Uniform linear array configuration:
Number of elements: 64
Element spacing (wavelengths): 0.75
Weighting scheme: hann
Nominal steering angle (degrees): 60
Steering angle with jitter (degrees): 60.209
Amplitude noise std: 0.05
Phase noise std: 0.05

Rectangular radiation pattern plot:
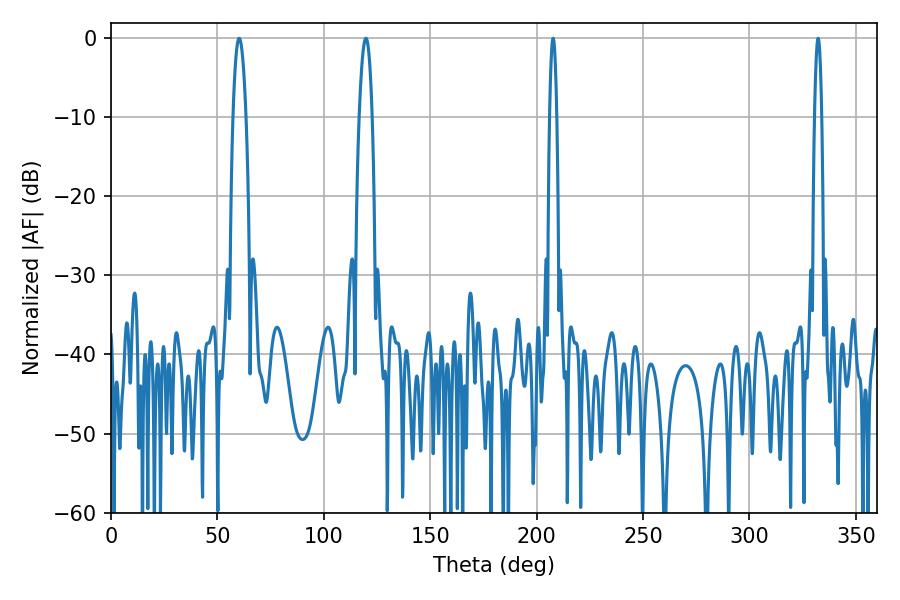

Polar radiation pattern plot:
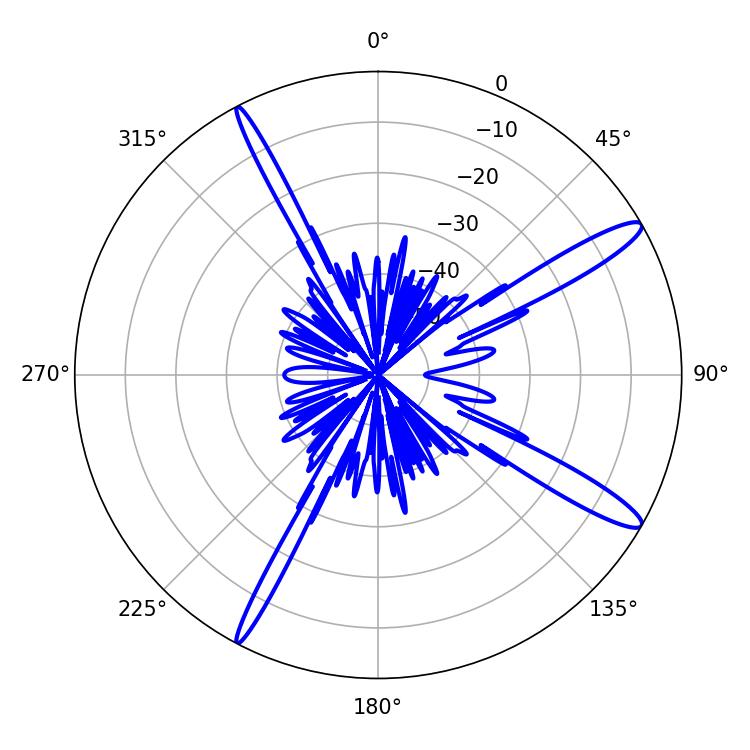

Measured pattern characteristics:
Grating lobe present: TRUE
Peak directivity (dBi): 14.096
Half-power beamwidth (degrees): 1.8
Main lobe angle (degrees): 207.72